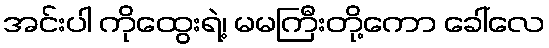
အင်းပါ ကိုထွေးရဲ့၊ မမကြီးတို့ကော ခေါ်လေ